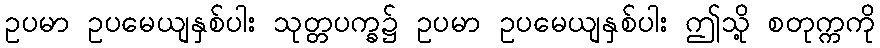
ဥပမာ ဥပမေယျနှစ်ပါး သုတ္တပက္ခ၌ ဥပမာ ဥပမေယျနှစ်ပါး ဤသို့ စတုက္ကကို